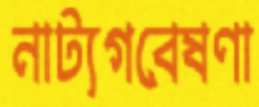
নাট্যগবেষণা